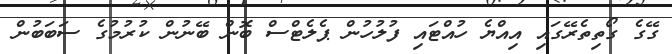
ގޭގެ ގޯތިތެރޭގައި އިއްޔެ ހުއްޓައި ފުލުހުން ޕެލެޓްސް ބޮން ބޭނުން ކުރުމުގެ ސަބަބުން